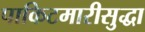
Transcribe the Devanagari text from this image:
पाकिटमारीसुद्धा